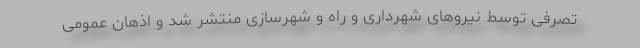
تصرفی توسط نیروهای شهرداری و راه و شهرسازی منتشر شد و اذهان عمومی